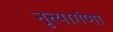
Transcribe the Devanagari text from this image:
नृत्यागंणा